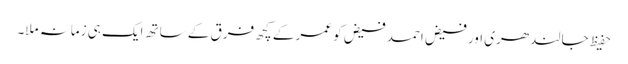
حفیظ جالندھری اور فیض احمد فیض کو عمر کے کچھ فرق کے ساتھ ایک ہی زمانہ ملا۔